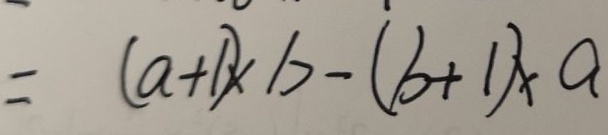
= ( a + 1 ) \times b - ( b + 1 ) \times a